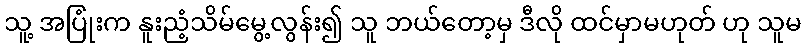
သူ့ အပြုံးက နူးညံ့သိမ်မွေ့လွန်း၍ သူ ဘယ်တော့မှ ဒီလို ထင်မှာမဟုတ် ဟု သူမ